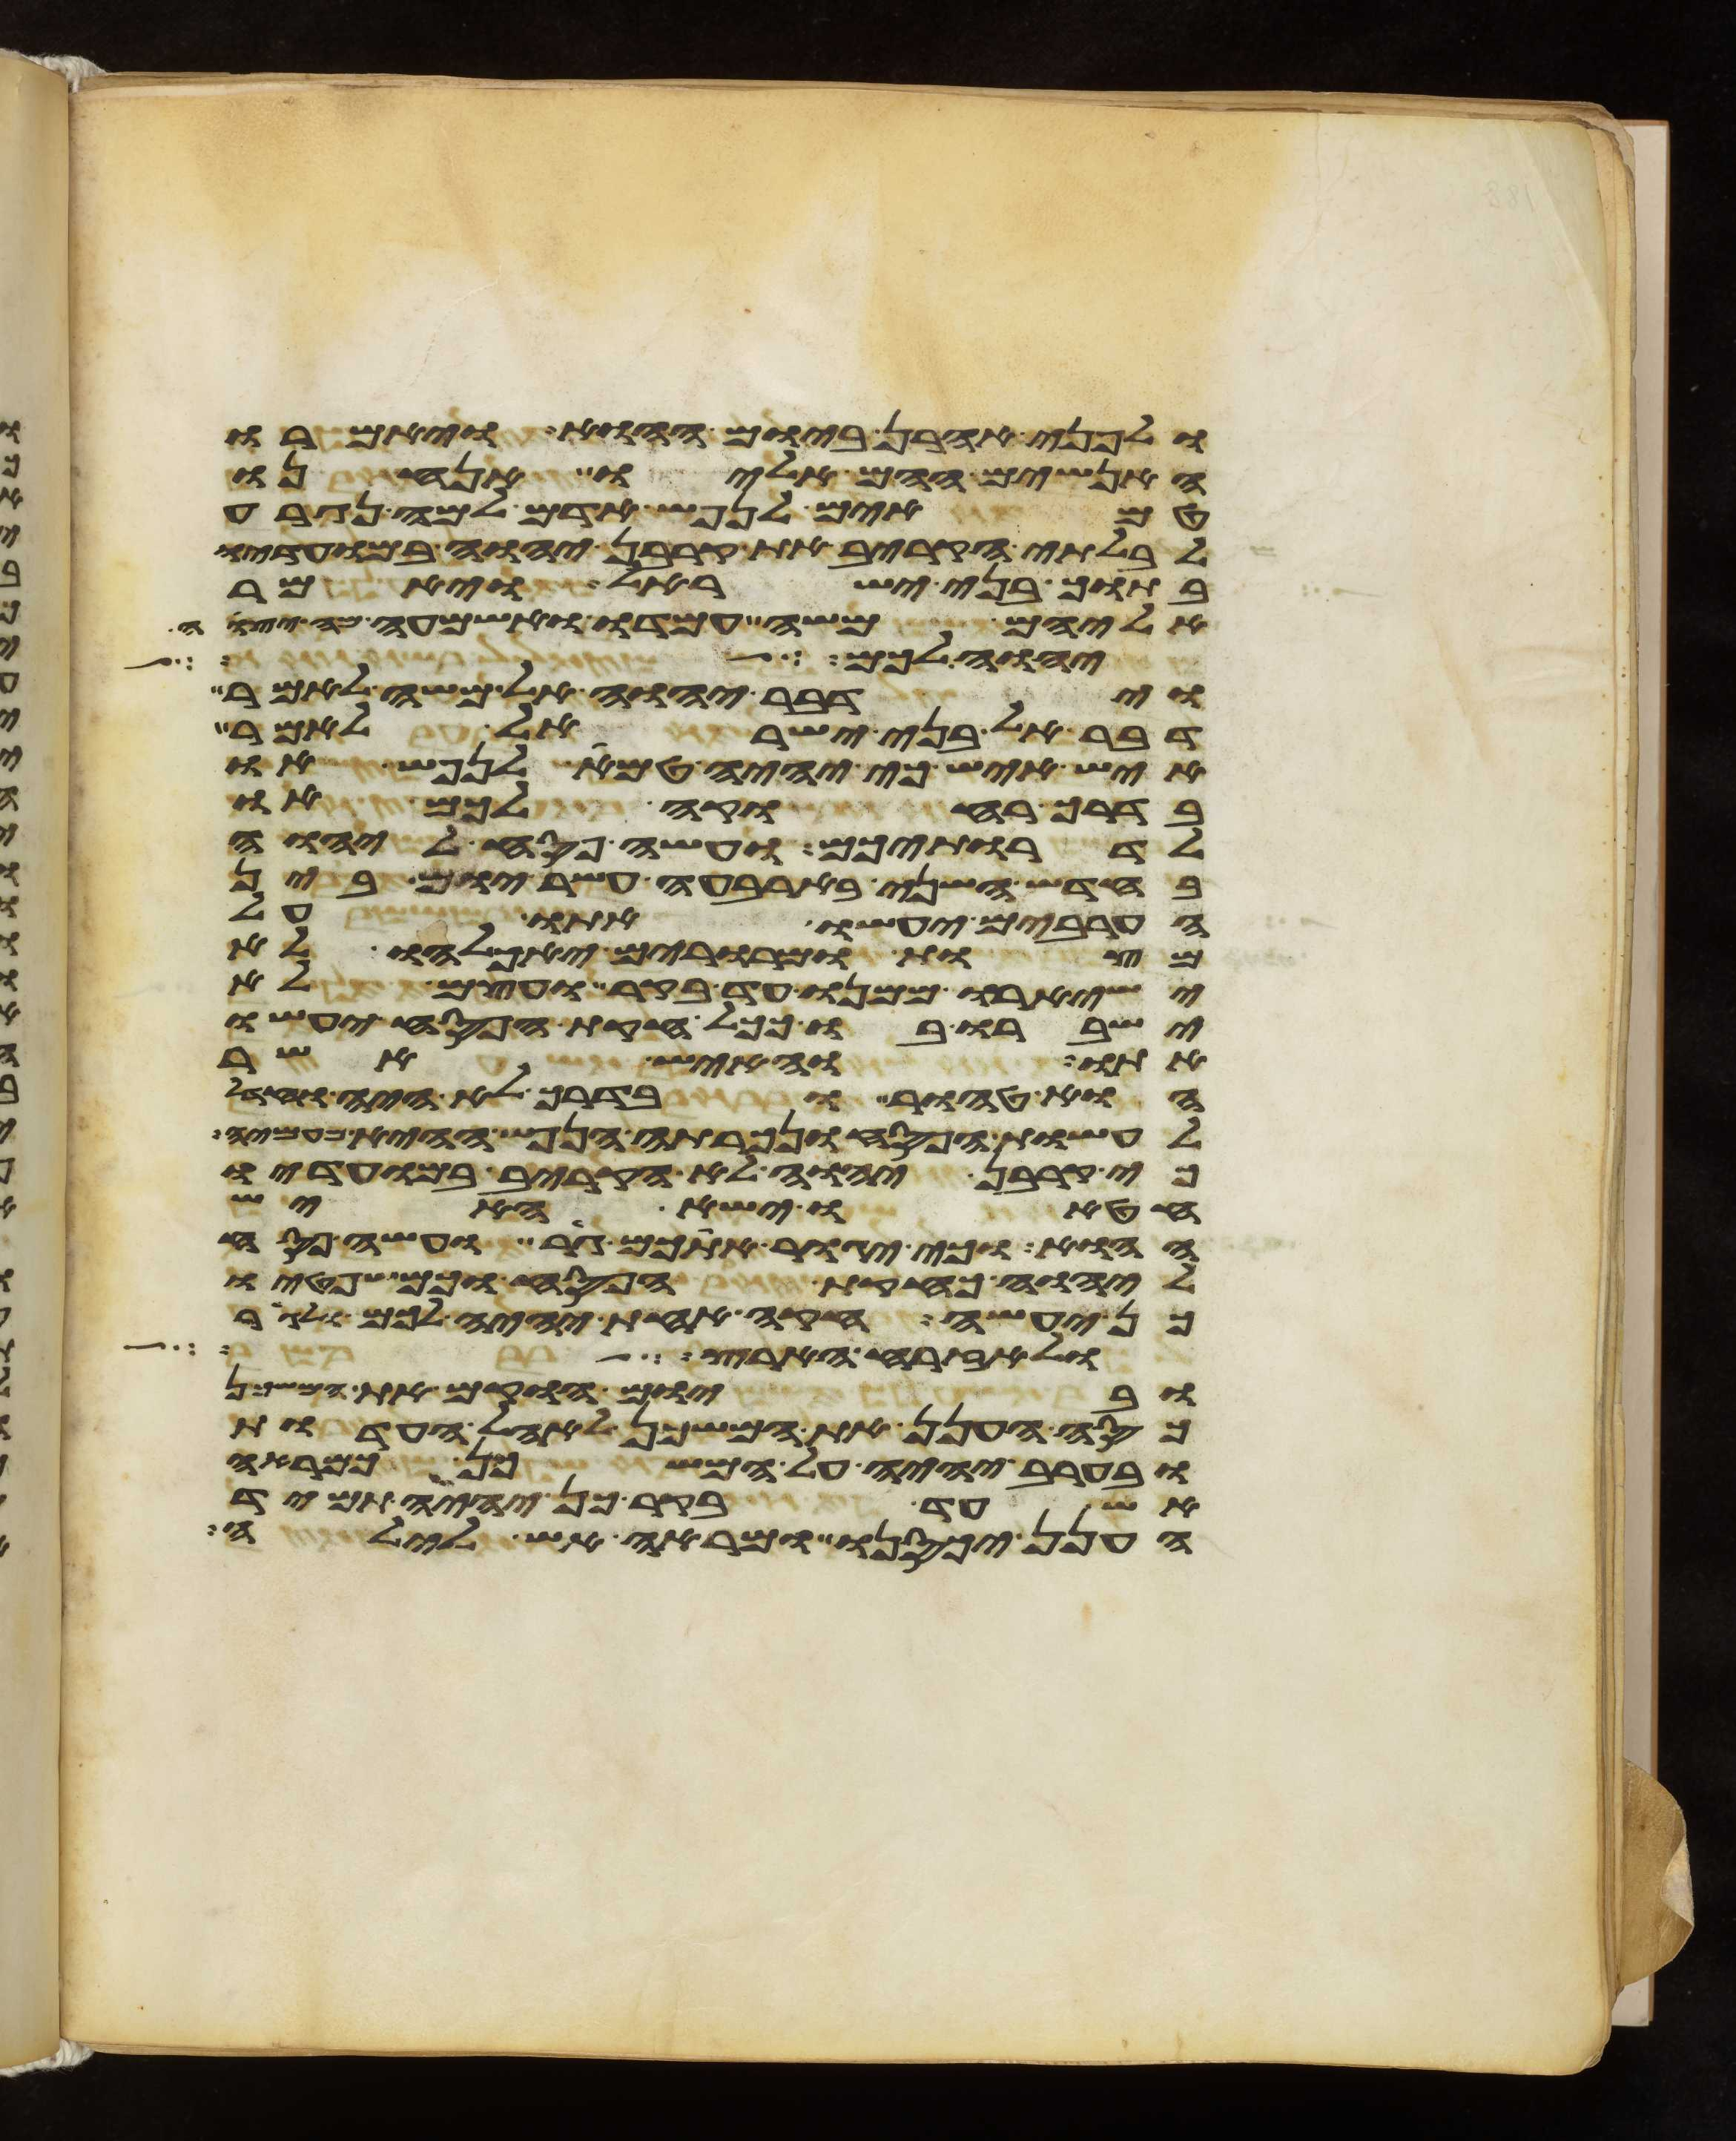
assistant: ולפני אהרן ביום ההוא ויאמרו
האנשים ההם אליו אנחנו
טמאים לנפש אדם למה נגרע
לבלתי הקריב את קרבן יהוה במועדיו
בתוך בני ישראל ויאמר
אליהם משה עמדו ואשמעה מה יצוה
יהוה אשר פתח אהל
וידבר יהוה אל משה לאמר
דבר אל בני ישראל לאמר
איש איש כי יהיה טמא לנפש או
בדרך רחוקה לכם או
לדרתיכם ועשה פסח ליהוה
בחדש השני בארבעה עשר יום בין
הערבים יעשו אתו על
מצות ומררים יאכלהו לא
ישאירו ממנו עד בקר ועצם לא
ישברו בו ככל חקות הפסח יעשו
אתו והאיש אשר
הוא טהור ובדרך לא היה וחדל
לעשות הפסח ונכרתה הנפש ההיא מעמיה
כי קרבן יהוה לא הקריב במועדיו
חטאו ישא האיש
ההוא וכי יגור אתכם גר ועשה פסח
ליהוה כחקות הפסח וכמשפטיו
כן יעשה חקה אחת יהיה לכם ולגר
ולאזרח הארץ
וביום הוקם את המשכן
כסה הענן את המשכן לאהל העדות
ובערב יהיה על המשכן כמראה
אש עד בקר כן יהיה תמיד
הענן יכסנו ומראה אש לילה